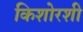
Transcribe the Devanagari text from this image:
किशोरशी